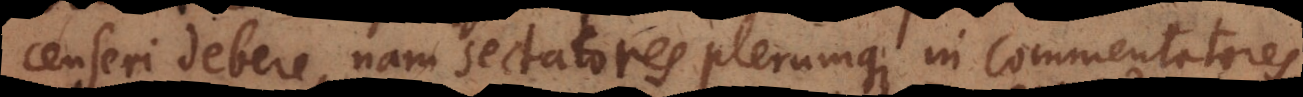
censeri debere, nam sectatores plerumque in commentatores